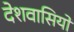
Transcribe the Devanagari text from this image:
देशवासियो